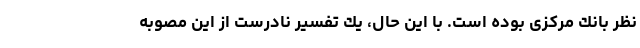
نظر بانك مركزی بوده است. با اين حال، يك تفسير نادرست از اين مصوبه